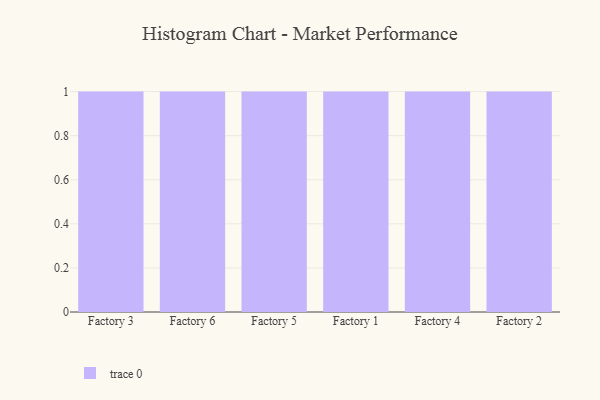
{"axis": {"x": "Factory", "y": "Page Views"}, "legend": [""], "data": [{"x": "Factory 3", "y": 81, "type": ""}, {"x": "Factory 6", "y": 3, "type": ""}, {"x": "Factory 5", "y": 54, "type": ""}, {"x": "Factory 1", "y": 68, "type": ""}, {"x": "Factory 4", "y": 95, "type": ""}, {"x": "Factory 2", "y": 43, "type": ""}]}